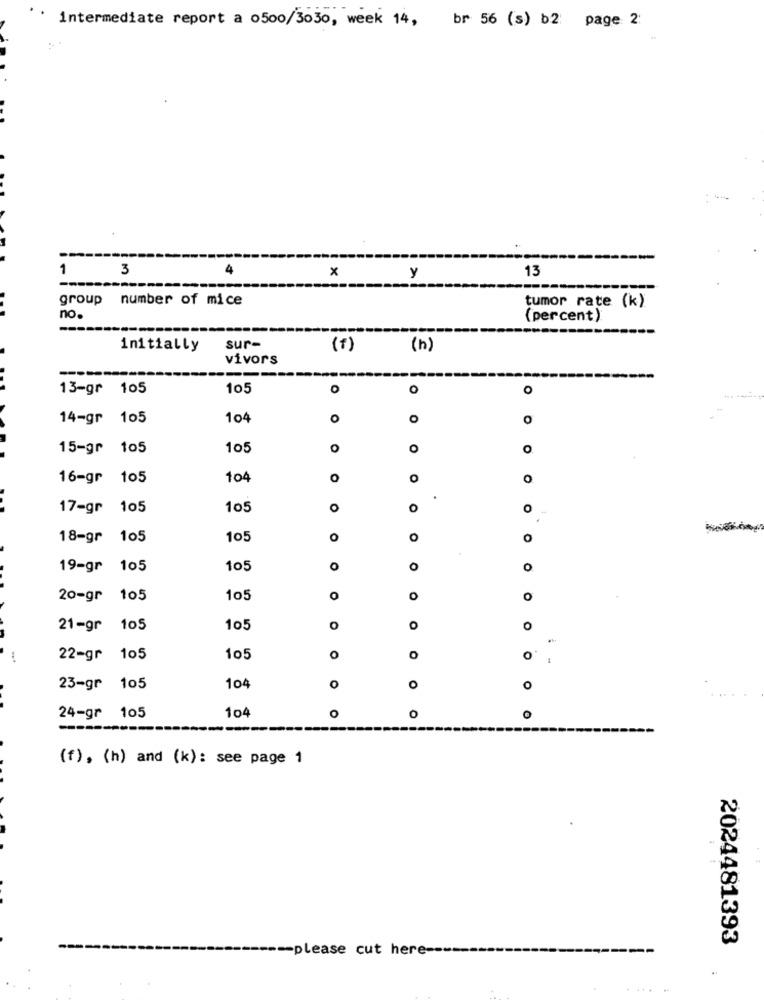
intermediate report a 0500/3030, week 14, br 56 (s) b2: page 2:
1
3
4
x
13
y
group
number of mice
tumor rate (k).
no.
(percent)
initially
sur-
(f)
(h)
vivors
--
13-gr 105
105
0
O
o
14-gr 105
104
o
O
O
15-gr 105
105
O
O
16-gr 105
104
O
O
.
17-gr 105
105
O
O
O
18-gr 105
105
O
O
19-gr 105
105
O
O
O
20-gr 105
105
O
O
O
21-gr 105
105
O
O
O
22-gr 105
105
O
o
23-gr 105
104
0
0
O
O
24-gr 105
104
O
O
---
(f), (h) and (k): see page 1
2024481393
------ please cut here ---